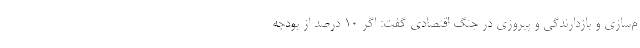
م‌سازی و بازدارندگی و پیروزی در جنگ اقتصادی گفت:‌ اگر 10 درصد از بودجه